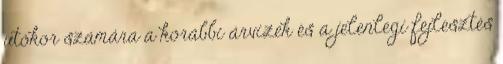
utókor számára a korábbi árvizek és a jelenlegi fejlesztés